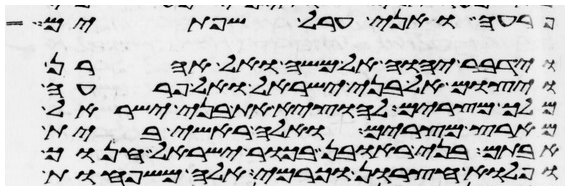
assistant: פרעה ואני ערל שפתים
וידבר יהוה אל משה ואל אהרן
ויצום אל בני ישראל ואל פרעה
מלך מצרים להוציא את בני ישראל
מארץ מצרים ואלה ראשי בית
אבותם בני ראובן בכור ישראל חנוך
ופלוא חצרון וכרמי אלה משפחות